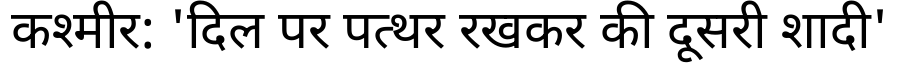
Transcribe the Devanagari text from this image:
कश्मीर: 'दिल पर पत्थर रखकर की दूसरी शादी'